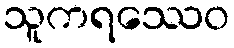
သူကရဿေဝ